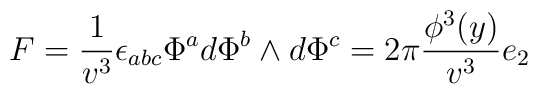
F = \frac1{ v^3}\epsilon_{abc} \Phi^a d\Phi^b \wedge d\Phi^c =  2\pi\frac  {\phi^3(y)}{v^3} e_2